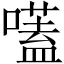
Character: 𡀽